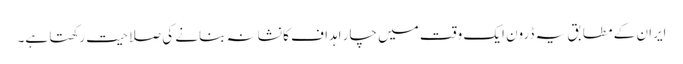
ایران کے مطابق یہ ڈرون ایک وقت میں چار اہداف کا نشانہ بنانے کی صلاحیت رکھتا ہے۔